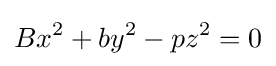
Bx^{2}+by^{2}-pz^{2}=0